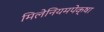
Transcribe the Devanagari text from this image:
मिलेनियमपेक्षा